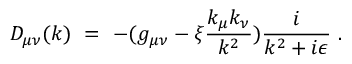
D _ { \mu \nu } ( k ) \ = \ - ( g _ { \mu \nu } - \xi \frac { k _ { \mu } k _ { \nu } } { k ^ { 2 } } ) \frac { i } { k ^ { 2 } + i \epsilon } \ .